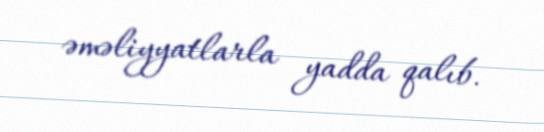
əməliyyatlarla yadda qalıb.